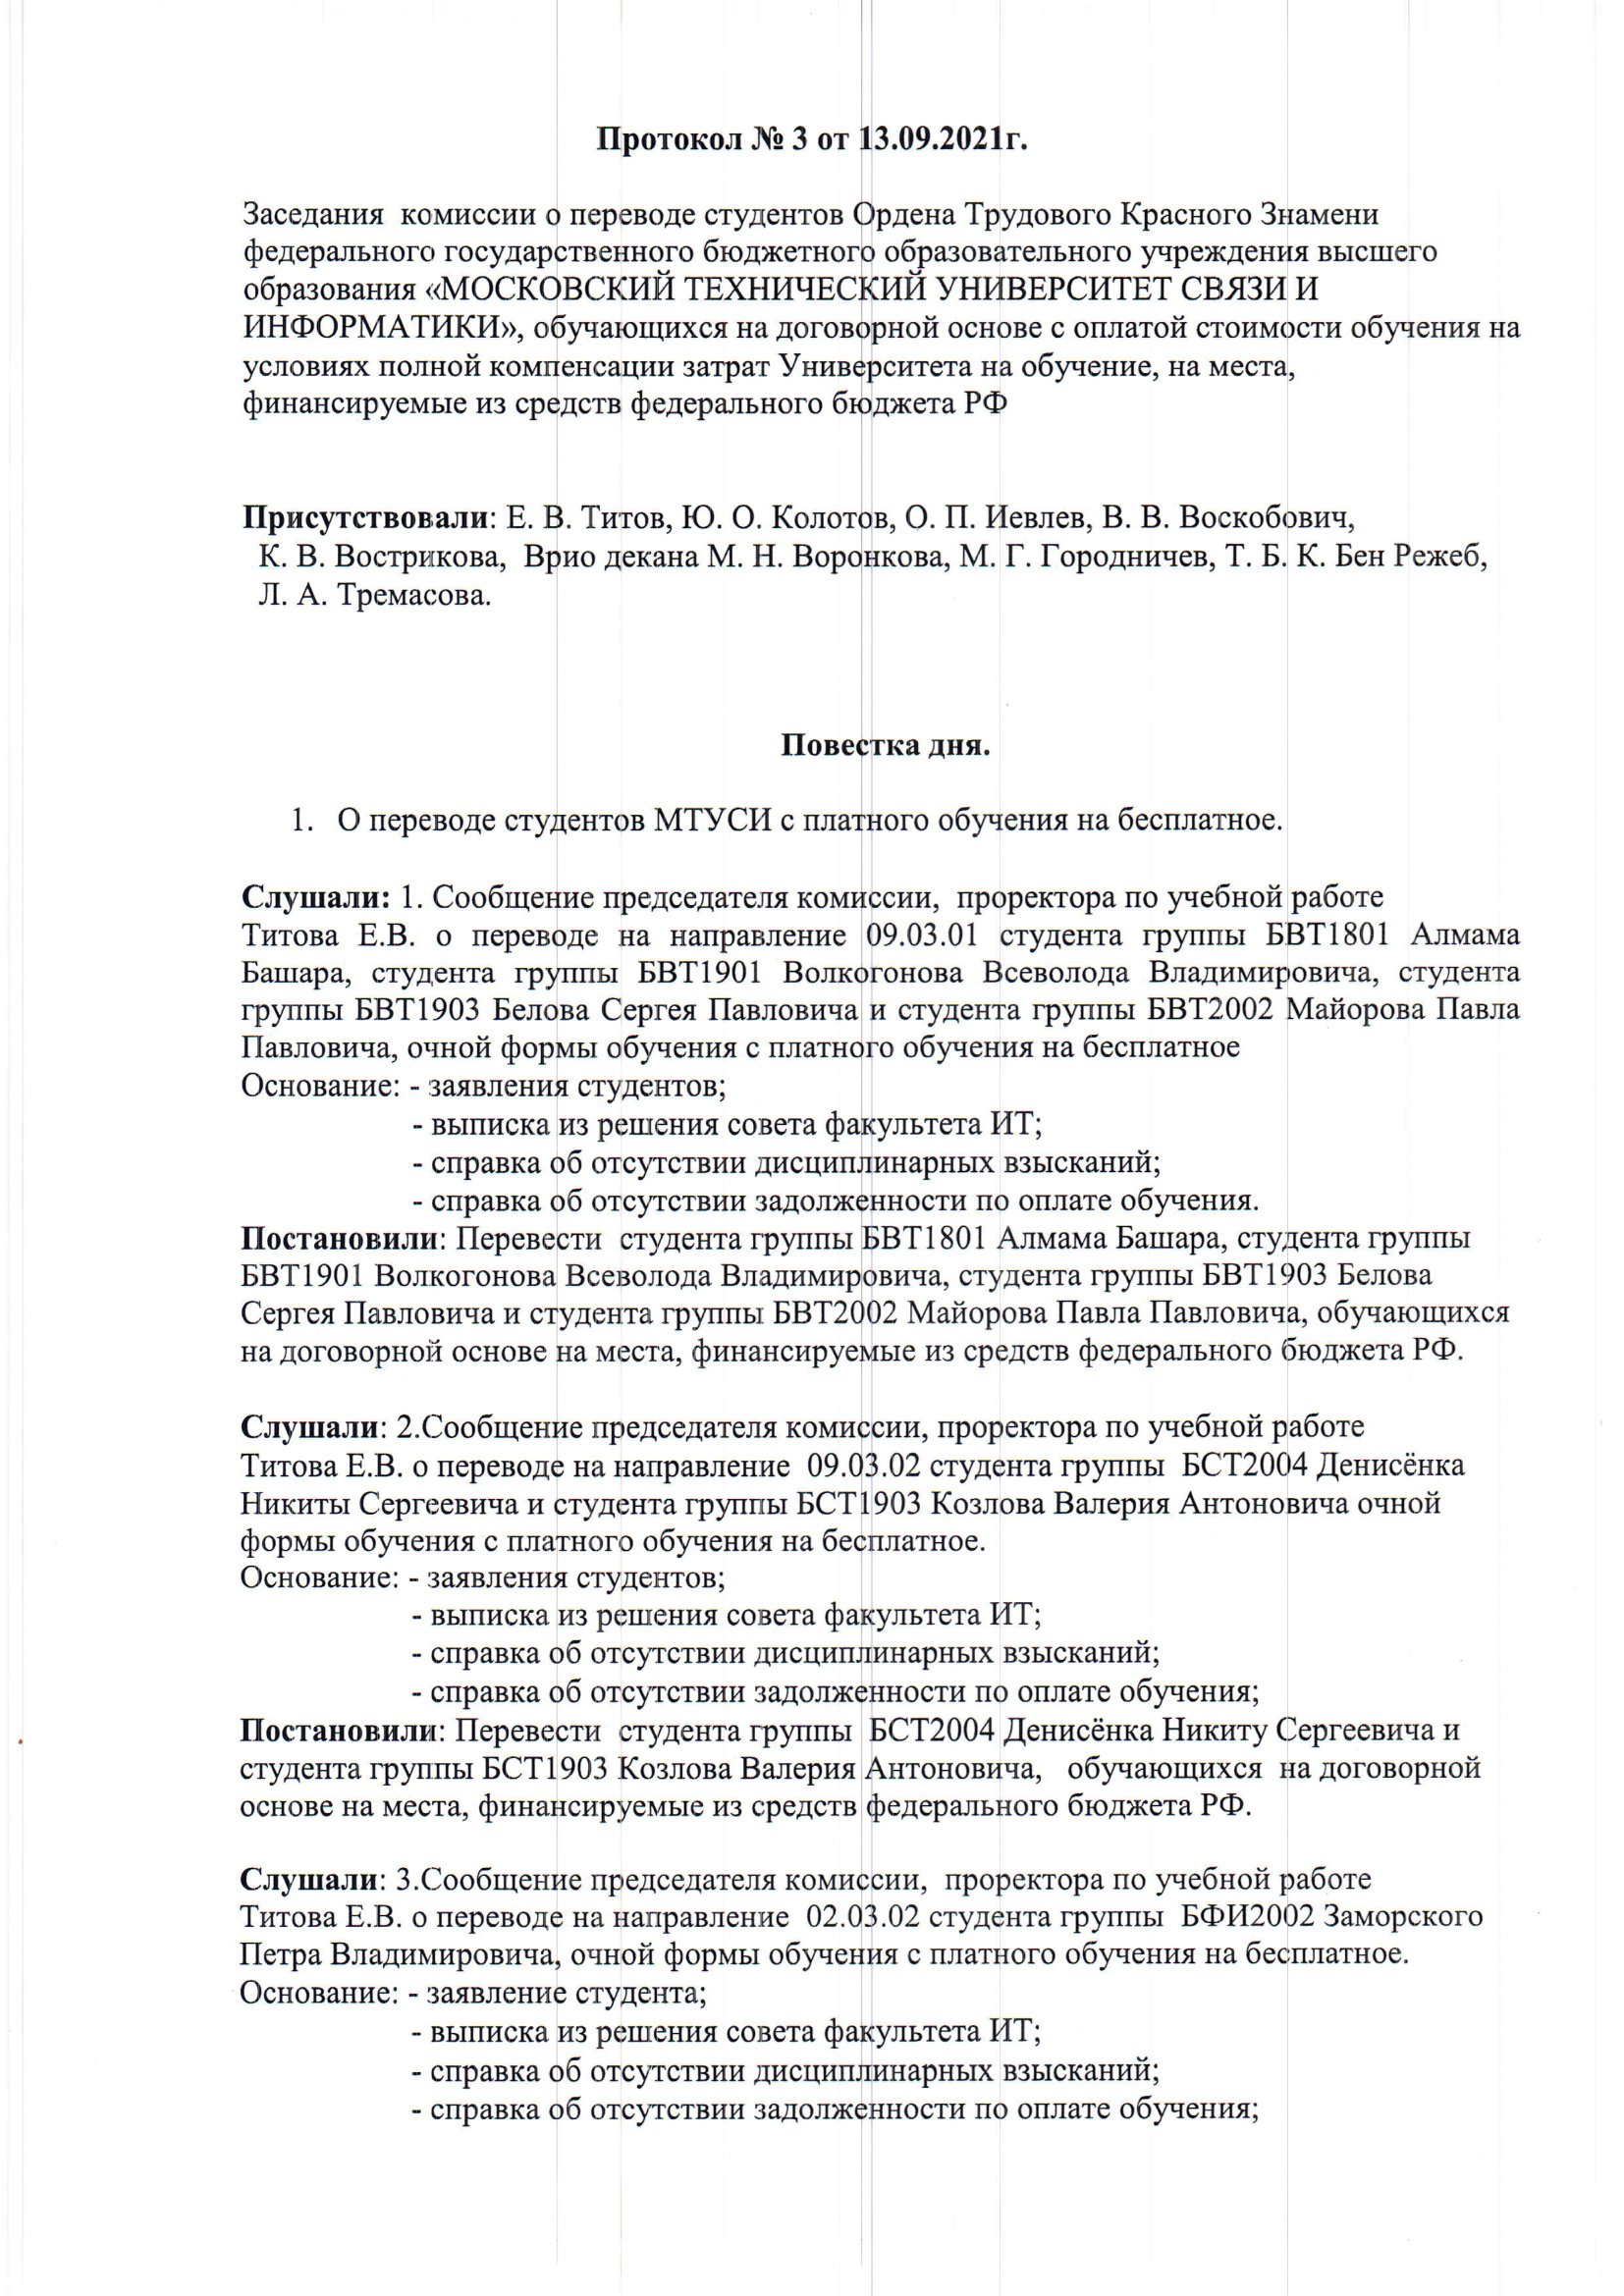
Language: ru